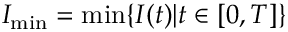
I _ { \operatorname* { m i n } } = \operatorname* { m i n } \{ I ( t ) | t \in [ 0 , T ] \}